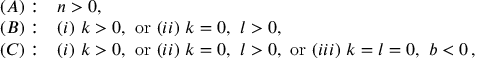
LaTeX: \begin{array} { l l } { { ( A ) : } } & { { n > 0 , } } \\ { { ( B ) : } } & { { ( i ) \ k > 0 , \ \mathrm { o r } \ ( i i ) \ k = 0 , \ l > 0 , } } \\ { { ( C ) : } } & { { ( i ) \ k > 0 , \ \mathrm { o r } \ ( i i ) \ k = 0 , \ l > 0 , \ \mathrm { o r } \ ( i i i ) \ k = l = 0 , \ b < 0 \, , } } \end{array}